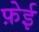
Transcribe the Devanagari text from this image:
फ़ेई